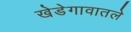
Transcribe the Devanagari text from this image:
खेडेगावातले